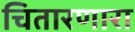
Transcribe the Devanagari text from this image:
चितारणारा